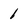
Character: 1